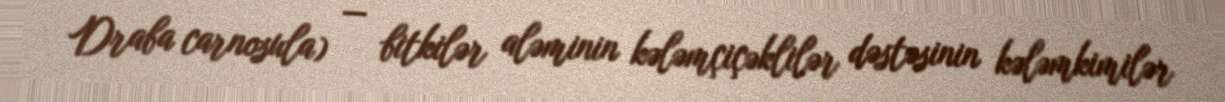
Draba carnosula) — bitkilər aləminin kələmçiçəklilər dəstəsinin kələmkimilər